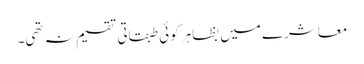
معاشرے میں بظاہر کوئی طبقاتی تقسیم نہ تھی۔